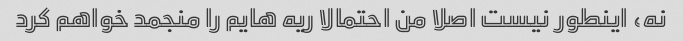
نه، اینطور نیست اصلا من احتمالا ریه هایم را منجمد خواهم کرد